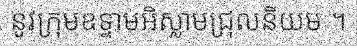
នូវក្រុមឧទ្ទាមអិស្លាមជ្រុលនិយម ។